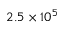
2 . 5 \times 1 0 ^ { 5 }